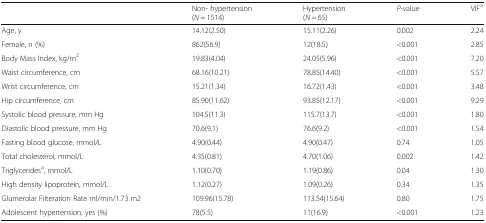
|  | Non- hypertension(N = 1514) | Hypertension(N = 65) | P-value | VIFa |
 | --- | --- | --- | --- | --- |
 | Age, y | 14.12(2.50) | 15.11(2.26) | 0.002 | 2.24 |
 | Female, n (%) | 862(56.9) | 12(18.5) | <0.001 | 2.85 |
 | Body Mass Index, kg/m2 | 19.83(4.04) | 24.05(5.96) | <0.001 | 7.20 |
 | Waist circumference, cm | 68.16(10.21) | 78.85(14.40) | <0.001 | 5.57 |
 | Wrist circumference, cm | 15.21(1.34) | 16.72(1.43) | <0.001 | 3.48 |
 | Hip circumference, cm | 85.90(11.62) | 93.85(12.17) | <0.001 | 9.29 |
 | Systolic blood pressure, mm Hg | 104.5(11.3) | 115.7(13.7) | <0.001 | 1.80 |
 | Diastolic blood pressure, mm Hg | 70.6(9.1) | 76.6(9.2) | <0.001 | 1.54 |
 | Fasting blood glucose, mmol/L | 4.90(0.44) | 4.90(0.47) | 0.74 | 1.05 |
 | Total cholesterol, mmol/L | 4.35(0.81) | 4.70(1.06) | 0.002 | 1.42 |
 | Triglyceridesa, mmol/L | 1.10(0.70) | 1.19(0.86) | 0.04 | 1.30 |
 | High density lipoprotein, mmol/L | 1.12(0.27) | 1.09(0.26) | 0.34 | 1.35 |
 | Glumerolar Filteration Rate ml/min/1.73 m2 | 109.96(15.78) | 113.54(15.64) | 0.80 | 1.75 |
 | Adolescent hypertension, yes (%) | 78(5.5) | 11(16.9) | <0.001 | 1.23 |